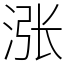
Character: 涨